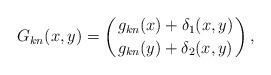
LaTeX: \begin{align*} G_{k n}(x,y)= \left( {g_{k n}(x) + \delta_1(x,y) \atop g_{k n}(y) + \delta_2(x,y)} \right), \end{align*}